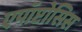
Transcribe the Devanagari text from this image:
एपॉप्टोसिस